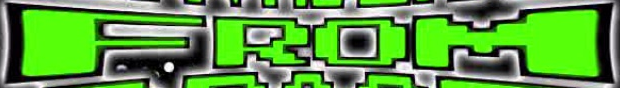
FROM